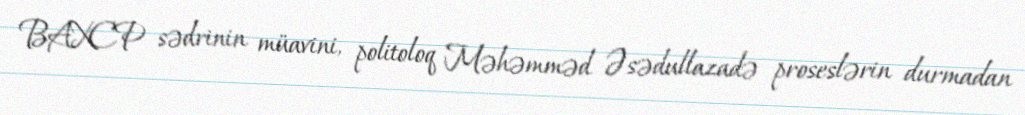
BAXCP sədrinin müavini, politoloq Məhəmməd Əsədullazadə proseslərin durmadan